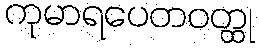
ကုမာရပေတဝတ္ထု